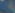
C